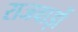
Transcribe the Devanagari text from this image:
राजवाड़ों